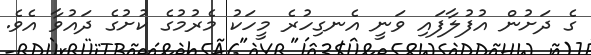
ގެ ދަށުން އުފުލާފައި ވަނީ އެނގިހުރެ މީހަކު މެރުމުގެ ކުށުގެ ދައުވާ އެވެ.